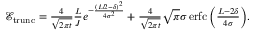
\begin{array} { r } { \mathcal { E } _ { \mathrm { t r u n c } } = \frac { 4 } { \sqrt { 2 \pi t } } \frac { L } { J } e ^ { - \frac { ( L / 2 - \delta ) ^ { 2 } } { 4 \sigma ^ { 2 } } } + \frac { 4 } { \sqrt { 2 \pi t } } \sqrt { \pi } \sigma \operatorname { e r f c } \Big ( \frac { L - 2 \delta } { 4 \sigma } \Big ) . } \end{array}